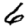
Digit: 6